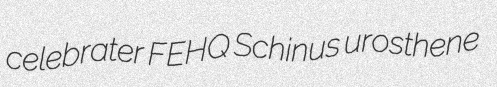
celebrater FEHQ Schinus urosthene